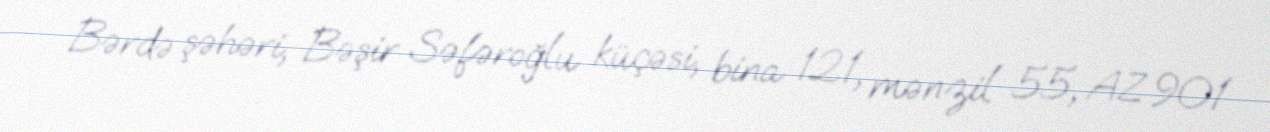
Bərdə şəhəri, Bəşir Səfəroğlu küçəsi, bina 121, mənzil 55, AZ 901